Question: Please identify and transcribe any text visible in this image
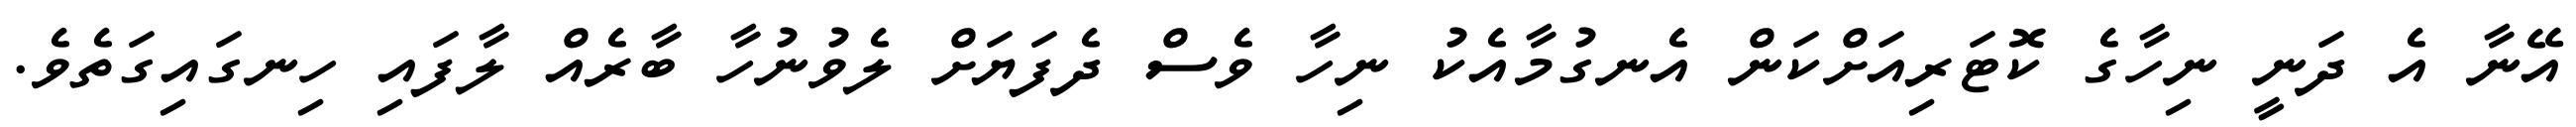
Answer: އޭނާ އެ ދަނީ ނިހާގެ ކޮޓަރިއަށްކަން އެނގުމާއެކު ނިހާ ވެސް ދެފަޔަށް ލެވުނުހާ ބާރެއް ލާފައި ހިނގައިގަތެވެ.